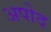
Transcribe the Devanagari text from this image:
अपोद